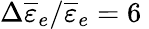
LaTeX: \Delta\overline{{\varepsilon}}_{e}/\overline{{\varepsilon}}_{e}=6\